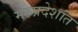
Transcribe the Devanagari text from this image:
मरुप्रदेशांत